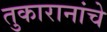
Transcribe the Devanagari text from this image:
तुकारानांचे